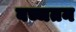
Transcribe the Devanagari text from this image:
बच्चतन